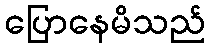
ပြောနေမိသည်